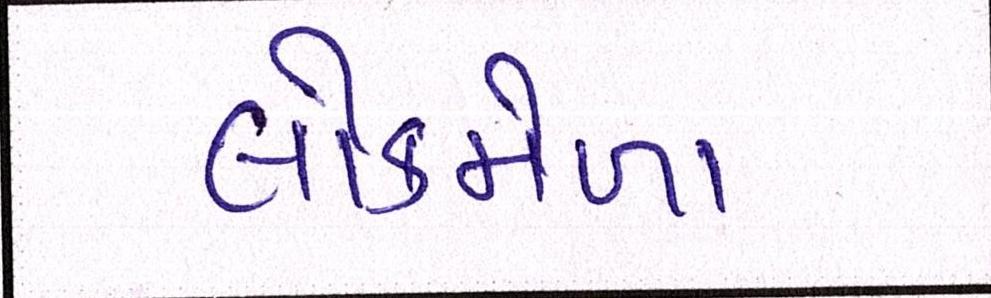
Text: લોકમેળા